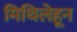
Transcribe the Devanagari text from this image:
मिथिलेहून